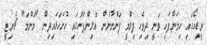
ވީޑިއޯގައި ހިމަނާފައި ވަނީ ދިވެހި ފިލްމީ ފަންނާނުން އޮލިންޕަހުގައި ހުށަހަޅައިދިން "މަންމަ" ޗެރިޓީ